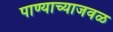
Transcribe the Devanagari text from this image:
पाण्याच्याजवळ